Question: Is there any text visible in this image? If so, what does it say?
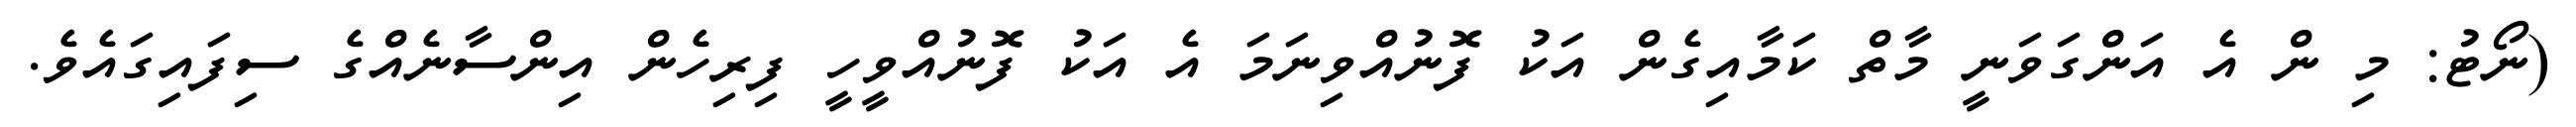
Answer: (ނޯޓު: މި ން އެ އަންގަވަނީ މާތް ކަމާއިގެން އަކު ފޮނުއްވިނަމަ އެ އަކު ފޮނުއްވީހީ ފިރިހެން އިންސާނެއްގެ ސިފައިގައެވެ.